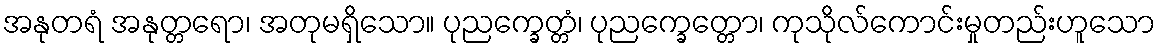
အနုတရံ အနုတ္တရော၊ အတုမရှိသော။ ပုညက္ခေတ္တံ၊ ပုညက္ခေတ္တော၊ ကုသိုလ်ကောင်းမှုတည်းဟူသော